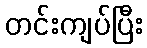
တင်းကျပ်ပြီး